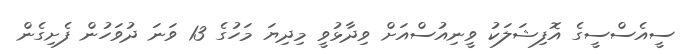
ސީއެސްސީގެ އޮފިޝަލަކު ވީނިއުސްއަށް ވިދާޅުވީ މިދިޔަ މަހުގެ 13 ވަނަ ދުވަހުން ފެށިގެން